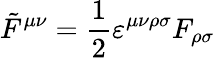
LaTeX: {\tilde{F}}^{\mu\nu}={\frac{1}{2}}\varepsilon^{\mu\nu\rho\sigma}F_{\rho\sigma}